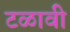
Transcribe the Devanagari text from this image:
टळावी